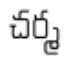
చర్మ